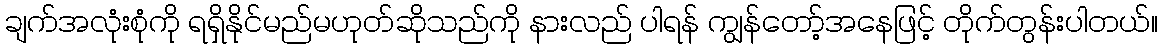
ချက်အလုံးစုံကို ရရှိနိုင်မည်မဟုတ်ဆိုသည်ကို နားလည် ပါရန် ကျွန်တော့်အနေဖြင့် တိုက်တွန်းပါတယ်။